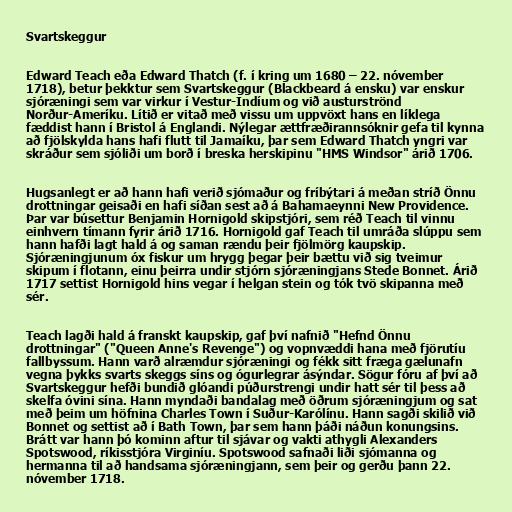
Svartskeggur

Edward Teach eða Edward Thatch (f. í kring um 1680 – 22. nóvember
1718), betur þekktur sem Svartskeggur (Blackbeard á ensku) var enskur
sjóræningi sem var virkur í Vestur-Indíum og við austurströnd
Norður-Ameríku. Lítið er vitað með vissu um uppvöxt hans en líklega
fæddist hann í Bristol á Englandi. Nýlegar ættfræðirannsóknir gefa til kynna
að fjölskylda hans hafi flutt til Jamaíku, þar sem Edward Thatch yngri var
skráður sem sjóliði um borð í breska herskipinu "HMS Windsor" árið 1706.

Hugsanlegt er að hann hafi verið sjómaður og fríbýtari á meðan stríð Önnu
drottningar geisaði en hafi síðan sest að á Bahamaeynni New Providence.
Þar var búsettur Benjamin Hornigold skipstjóri, sem réð Teach til vinnu
einhvern tímann fyrir árið 1716. Hornigold gaf Teach til umráða slúppu sem
hann hafði lagt hald á og saman rændu þeir fjölmörg kaupskip.
Sjóræningjunum óx fiskur um hrygg þegar þeir bættu við sig tveimur
skipum í flotann, einu þeirra undir stjórn sjóræningjans Stede Bonnet. Árið
1717 settist Hornigold hins vegar í helgan stein og tók tvö skipanna með
sér.

Teach lagði hald á franskt kaupskip, gaf því nafnið "Hefnd Önnu
drottningar" ("Queen Anne's Revenge") og vopnvæddi hana með fjörutíu
fallbyssum. Hann varð alræmdur sjóræningi og fékk sitt fræga gælunafn
vegna þykks svarts skeggs síns og ógurlegrar ásýndar. Sögur fóru af því að
Svartskeggur hefði bundið glóandi púðurstrengi undir hatt sér til þess að
skelfa óvini sína. Hann myndaði bandalag með öðrum sjóræningjum og sat
með þeim um höfnina Charles Town í Suður-Karólínu. Hann sagði skilið við
Bonnet og settist að í Bath Town, þar sem hann þáði náðun konungsins.
Brátt var hann þó kominn aftur til sjávar og vakti athygli Alexanders
Spotswood, ríkisstjóra Virginíu. Spotswood safnaði liði sjómanna og
hermanna til að handsama sjóræningjann, sem þeir og gerðu þann 22.
nóvember 1718.